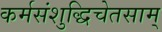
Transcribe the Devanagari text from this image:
कर्मसंशुद्धिचेतसाम्